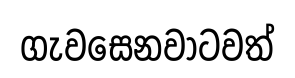
ගැවසෙනවාටවත්